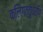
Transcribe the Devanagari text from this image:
कलिंगत्तुंधरणि